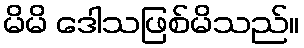
မိမိ ဒေါသဖြစ်မိသည်။